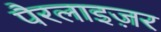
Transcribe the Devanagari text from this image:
पैरलाइज़र